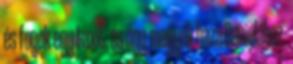
és fogok egy taxit, és úgy megyek haza Danielához.